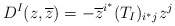
\begin{align*}D^I(z,\overline z)=-\overline z^{i^*}(T_I)_{i^*j}z^j\end{align*}